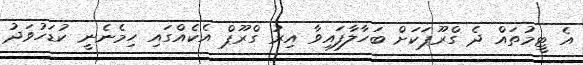
އެ ޓީމުތައް ދެ ގްރޫޕަކަށް ބަހާލާފައިވާ އިރު ގްރޫޕް އެކެއްގައި ހިމެނެނީ ކުޑަހުވަދު